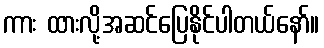
ကား ထားလို့အဆင်ပြေနိုင်ပါတယ်နော်။